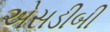
એસડીબી